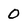
Character: 0